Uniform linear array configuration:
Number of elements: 4
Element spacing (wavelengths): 0.25
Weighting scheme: hann
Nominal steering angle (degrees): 0
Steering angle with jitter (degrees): -1.927
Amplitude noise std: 0.05
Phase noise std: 0.05

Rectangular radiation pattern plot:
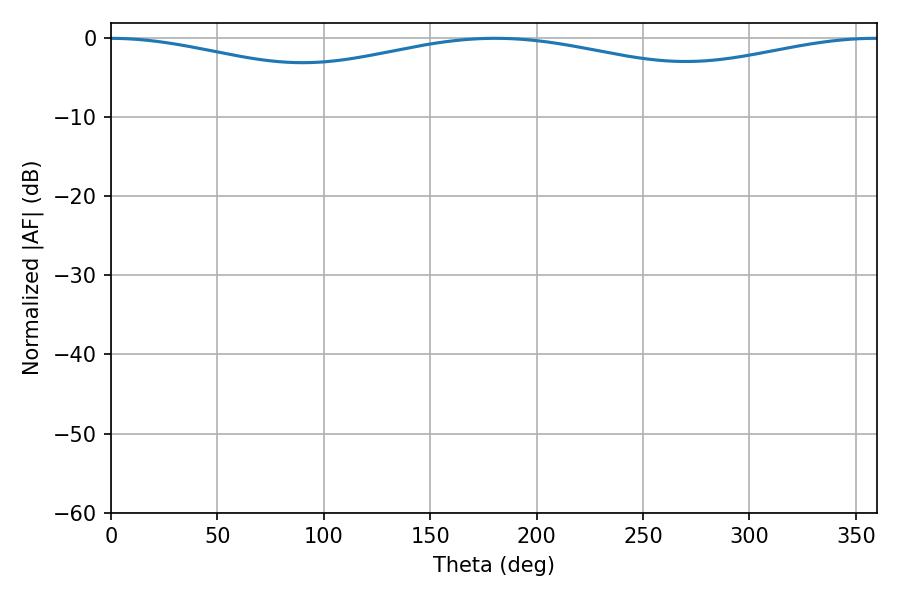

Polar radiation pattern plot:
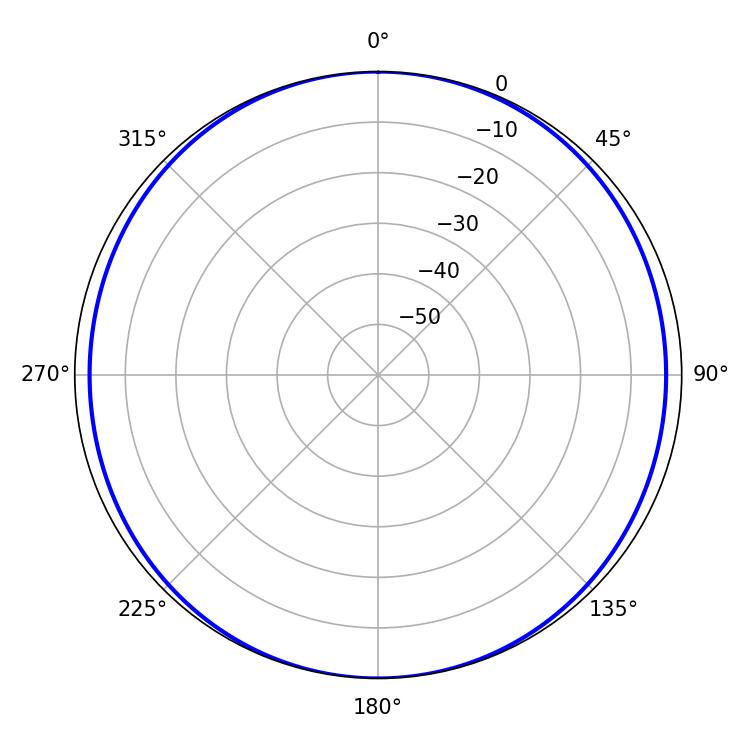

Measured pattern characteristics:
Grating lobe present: FALSE
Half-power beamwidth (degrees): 261.54
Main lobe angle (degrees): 180.54